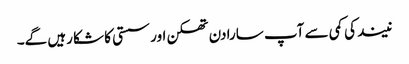
نیند کی کمی سے آپ سارا دن تھکن اور سستی کا شکا رہیں گے۔